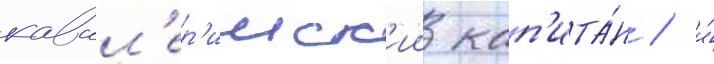
кавал'ер'ииск'ии кап'ита́н / и́